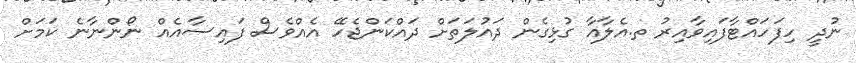
ނުދީ ހިފަހައްޓާފައިވާއިރު ތ.އެލާއާ ގުޅިގެން ދައުލަަތަށް ދައްކަންޖެހޭ އެއްވެސް ފައިސާއެއް ނޯންނާނެ ކަަމަށް